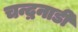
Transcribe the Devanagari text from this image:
चन्द्रनाडी